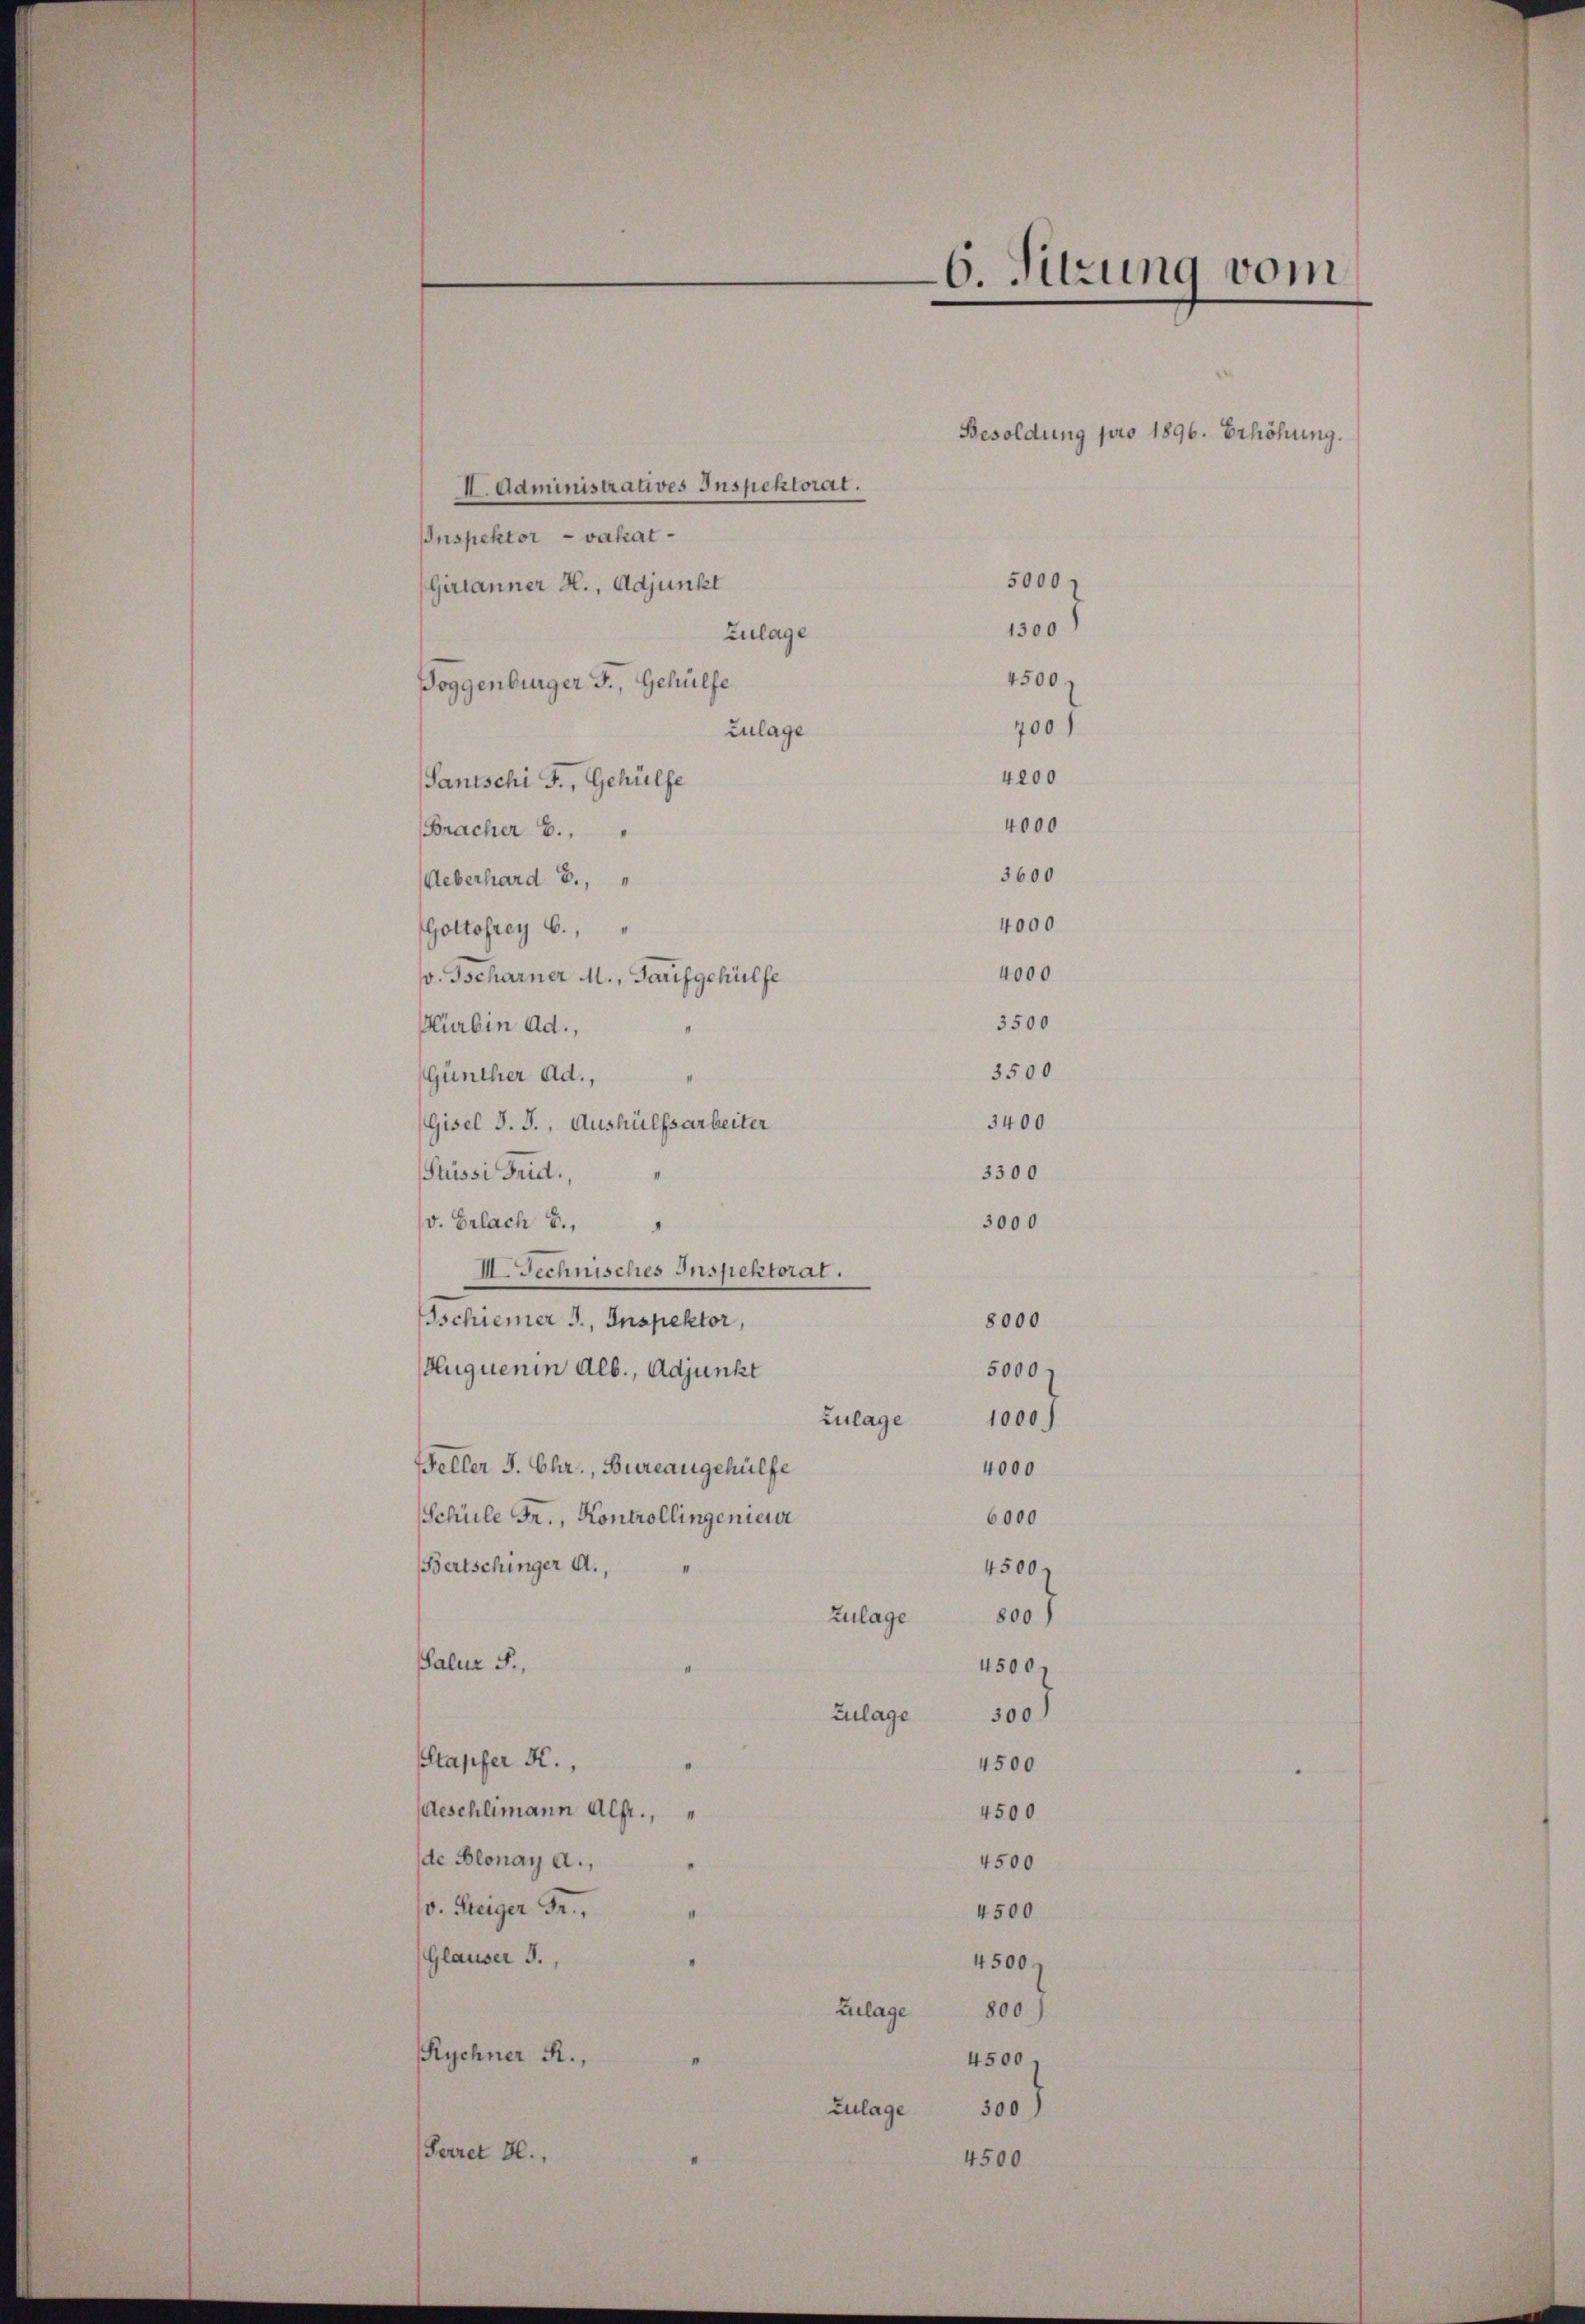
II. Administratives Inspektorat.
Inspektor vakat¬
5000 f
Girtanner H., Adjunkt
1300
Zulage
4500.
Doggenbürger J., Gehülfe
700)
Zulage
4200
Santschi J., Gehülfe
4000
Bracher B.,
3600
Ueberhard E.,
4000
Gottofrey 6.,
4000
v. Tscharner M., Tarifgehülfe
3500
Kürbin ad.,
3500
Günther Ad.,
3400.
Gisel d. J., Aushülfsarbeiter
3300
Plüssi Frid.,
v. Erlach B.,
3000
III. Technisches Inspektorat.
schiener J., Inspektor,
8000
Huquenin Alb., Adjunkt
5000.
Zulage
1000.
Beller J. Chr., Bureaugehülfe
4000
6000
Schüle Fr., Kontrollingeniere
Bertschinger A.,
4500 f
Zulage
800)
Salur F.,
4500.
Zulage
300
Stapfer K.
4500
Aeschlimann Alfr.,
4500
de Blonay a.,
4500
v. Steiger Fr.,
4500
.
Gläuser F.,
4500
800)
Zulage
Kychner R.,
4500
300
Zulage
Perret 3.,
4500

6. Sitzung vom

Besoldung pro 1896. Erhöhung.